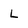
Character: L